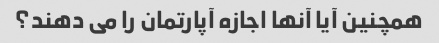
همچنین آیا آنها اجازه آپارتمان را می دهند؟